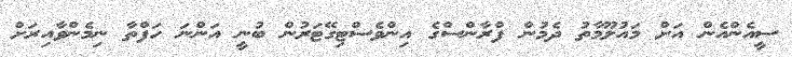
ސީއެންއެން އަށް މައުލޫމާތު ދެމުން ފްރާންސްގެ އިންވެސްޓިގޭޓަރުން ބުނީ އަންނަ ހަފްތާ ނިމެންވާއިރަށް